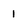
Character: 1